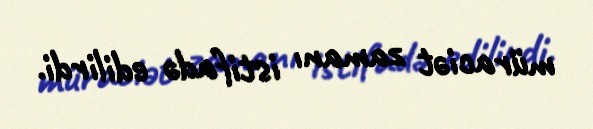
müraciət zamanı istifadə edilirdi.